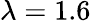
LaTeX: \lambda=1.6